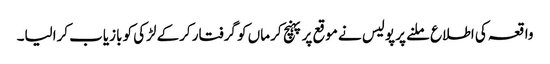
واقعہ کی اطلاع ملنے پر پولیس نے موقع پر پہنچ کر ماں کو گرفتار کرکے لڑکی کو بازیاب کرالیا۔